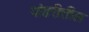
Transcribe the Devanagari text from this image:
पांढरीतील